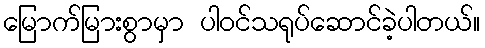
မြောက်မြားစွာမှာ ပါဝင်သရုပ်ဆောင်ခဲ့ပါတယ်။